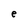
Character: e